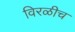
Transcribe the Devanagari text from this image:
विरळीच